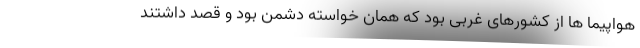
هواپیما ها از کشورهای غربی بود که همان خواسته دشمن بود و قصد داشتند